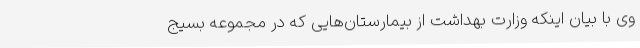
وی با بیان اینکه وزارت بهداشت از بیمارستان‌هایی که در مجموعه بسیج